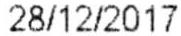
28/12/2017